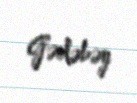
Gədəbəy